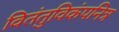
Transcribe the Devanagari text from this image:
वितंतुविकंपनित्र